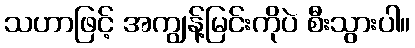
သဟာဖြင့် အကျွန့်မြင်းကိုပဲ စီးသွားပါ။